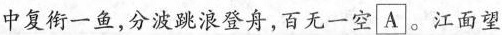
中复衔一鱼，分波跳浪登舟，百无一空A 。江面望